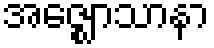
အဇ္ဈောသာနာ